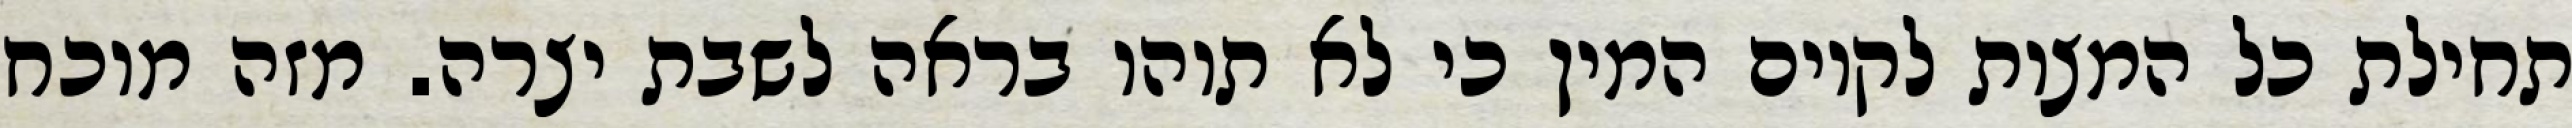
תחילת כל המצות לקיום המין כי לא תוהו בראה לשבת יצרה. מזה מוכח